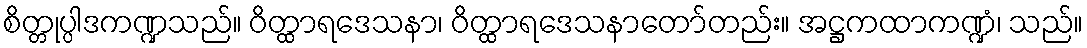
စိတ္တုပ္ပါဒကဏ္ဍသည်။ ဝိတ္ထာရဒေသနာ၊ ဝိတ္ထာရဒေသနာတော်တည်း။ အဋ္ဌကထာကဏ္ဍံ၊ သည်။